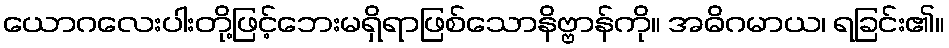
ယောဂလေးပါးတို့ဖြင့်ဘေးမရှိရာဖြစ်သောနိဗ္ဗာန်ကို။ အဓိဂမာယ၊ ရခြင်း၏။